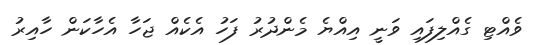
ވެއްޓި ގެއްލިފައި ވަނީ އިއްޔެ މެންދުރު ފަހު އެކެއް ޖަހާ އެހާކަން ހާއިރު